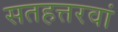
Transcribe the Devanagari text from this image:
सतहत्तरवां